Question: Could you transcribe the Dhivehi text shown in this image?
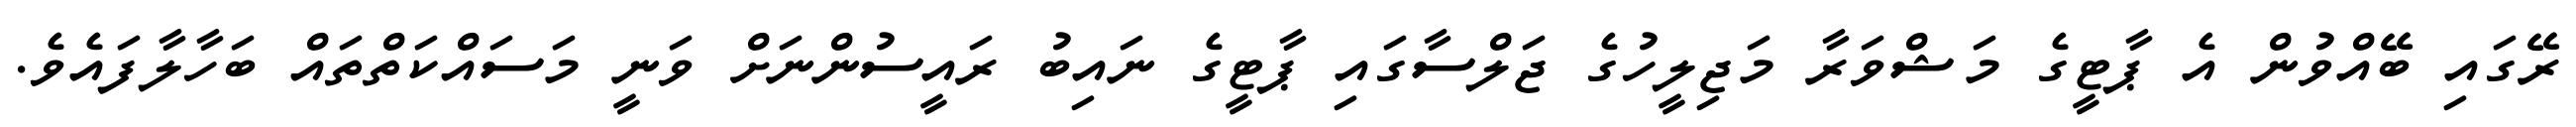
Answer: ރޭގައި ބޭއްވުން އެ ޕާޓީގެ މަޝްވަރާ މަޖިލީހުގެ ޖަލްސާގައި ޕާޓީގެ ނައިބު ރައީސުންނަށް ވަނީ މަސައްކަތްތައް ބަހާލާފައެވެ.